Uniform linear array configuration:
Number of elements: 4
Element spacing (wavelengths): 0.25
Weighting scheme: exponential
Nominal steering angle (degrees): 45
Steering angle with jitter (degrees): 43.945
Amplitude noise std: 0.05
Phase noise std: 0.05

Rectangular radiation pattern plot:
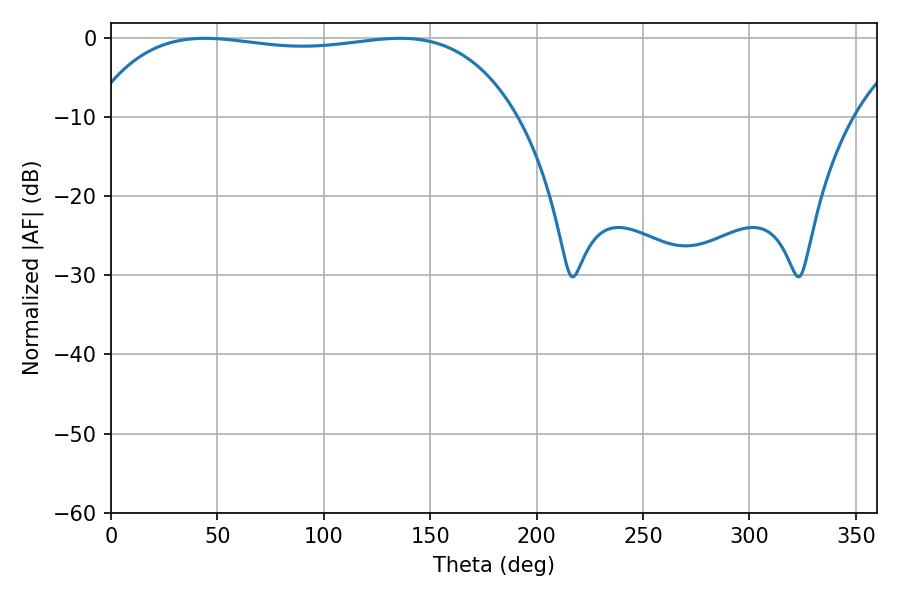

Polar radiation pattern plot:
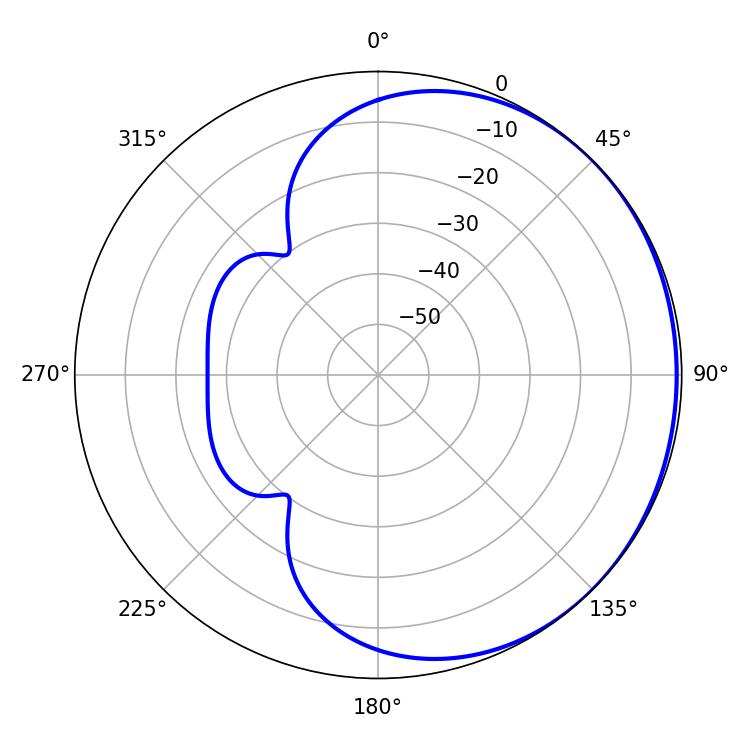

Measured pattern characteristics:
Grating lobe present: FALSE
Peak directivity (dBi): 0.6259
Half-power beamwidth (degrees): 159.84
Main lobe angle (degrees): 44.1